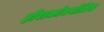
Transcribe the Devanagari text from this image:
हीराकोनपोलिस